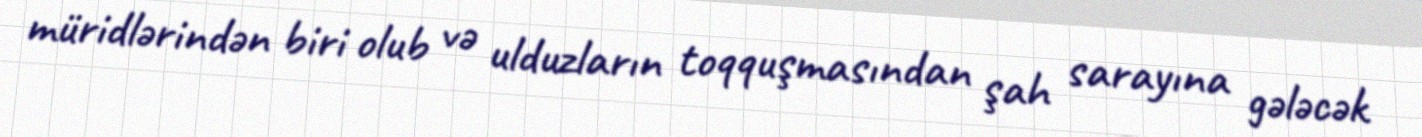
müridlərindən biri olub və ulduzların toqquşmasından şah sarayına gələcək